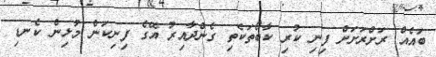
ބައެއް ރަށްރަށަށް ފިނި ކުރި ކާބޯތަކެތި ގެންދާއިރު އޭގެ ފިނިކަން މުޅިން ކެނޑި